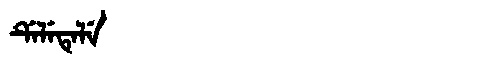
Manchu: ᡩᡝᠯᡝᡨᡝᠯᡝ
Romanization: DELETELE